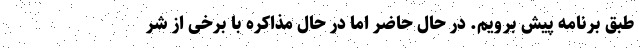
طبق برنامه پیش برویم. در حال حاضر اما در حال مذاکره با برخی از شر